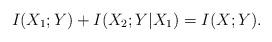
LaTeX: \begin{align*} I(X_1;Y)+ I(X_2;Y|X_1) = I(X;Y).\end{align*}